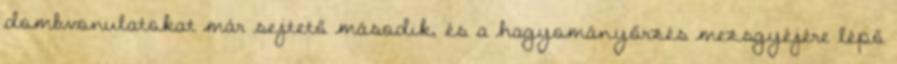
dombvonulatokat már sejtető második, és a hagyományőrzés mezsgyéjére lépő